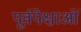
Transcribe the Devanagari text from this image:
पूर्वपेक्षाओं